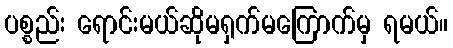
ပစ္စည်း ရောင်းမယ်ဆိုမရှက်မကြောက်မှ ရမယ်။